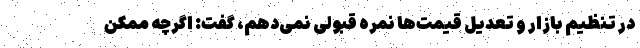
در تنظیم بازار و تعدیل قیمت‌ها نمره قبولی نمی‌دهم، گفت: اگرچه ممکن